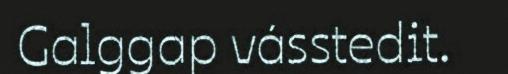
Galggap vásstedit.